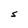
Character: S